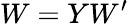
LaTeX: W=YW^{\prime}